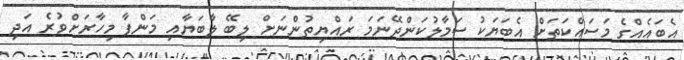
އެބައެއްގެ މަސައްކަތަށް އެބަޔަކު ސަމާލުކަންދޭނަމަ ރައްޔިތުންނަށް ލިބޭ ލާބަޔާއި މަންފާ މިހާރަށްވުރެ އަދި